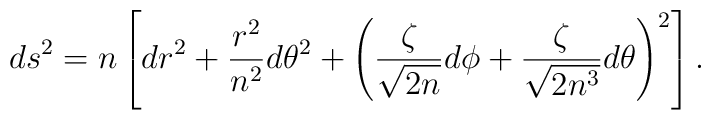
ds^2 = n\left[dr^2+\frac{r^2}{n^2}d\theta^2      +\left(\frac\zeta{\sqrt{2n}}d\phi+\frac\zeta{\sqrt{2n^3}}d\theta\right)^2\right].